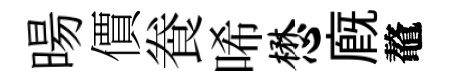
暘價飬唏懋廐鼇